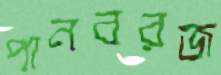
পানবরজ